Scottish Leaving Certificate Examination, 1955
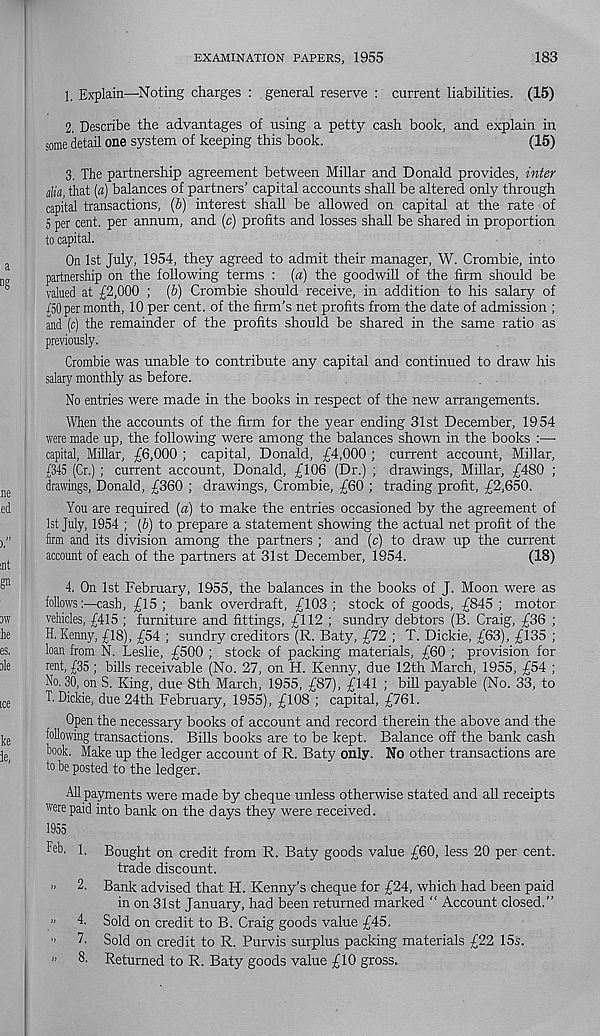
EXAMINATION PAPERS, 1955
183
1. Explain—Noting charges : general reserve : current liabilities. (15)
2. Describe the advantages of using a petty cash book, and explain in
some detail one system of keeping this book.
(15)
3. The partnership agreement between Millar and Donald provides, inter
din, that (a) balances of partners’ capital accounts shall be altered only through
capital transactions, (b) interest shall be allowed on capital at the rate of
5 per cent, per annum, and (c) profits and losses shall be shared in proportion
to capital.
On 1st July, 1954, they agreed to admit their manager, W. Crombie, into
partnership on the following terms : (a) the goodwill of the firm should be
valued at £2,000 ; (b) Crombie should receive, in addition to his salary of
(pO per month, 10 per cent, of the firm’s net profits from the date of admission ;
and (c) the remainder of the profits should be shared in the same ratio as
previously.
Crombie was unable to contribute any capital and continued to draw his
salary monthly as before.
No entries were made in the books in respect of the new arrangements.
When the accounts of the firm for the year ending 31st December, 1954
were made up, the following were among the balances shown in the books :—•
capital, Millar, £6,000 ; capital, Donald, £4,000 ; current account, Millar,
(345 (Cr.) ; current account, Donald, £106 (Dr.) ; drawings, Millar, £480 ;
drawings, Donald, £360 ; drawings, Crombie, £60 ; trading profit, £2,650.
You are required (a) to make the entries occasioned by the agreement of
1st July, 1954 ; (b) to prepare a statement showing the actual net profit of the
firm and its division among the partners ; and (c) to draw up the current
account of each of the partners at 31st December, 1954.
(18)
4. On 1st February, 1955, the balances in the books of J. Moon were as
followscash, £15; bank overdraft, £103; stock of goods, £845; motor
vehicles, £415 ; furniture and fittings, £112 ; sundry debtors (B. Craig, £36 ;
H. Kenny, £18), £54 ; sundry creditors (R. Baty, £72 ; T. Dickie, £63), £135 ;
loan from N. Leslie, £500 ; stock of packing materials, £60 ; provision for
rent, £35; bills receivable (No. 27, on H. Kenny, due 12th March, 1955, £54 ;
No. 30, on S. King, due 8th March, 1955, £87), £141 ; bill payable (No. 33, to
T. Dickie, due 24th February, 1955), £108 ; capital, £761.
Open the necessary books of account and record therein the above and the
following transactions. Bills books are to be kept. Balance off the bank cash
hook. Make up the ledger account of R. Baty only. No other transactions are
to be posted to the ledger.
All payments were made by cheque unless otherwise stated and all receipts
were paid into bank on the d ays they were received.
1955
Feb. 1. Bought on credit from R. Baty goods value £60, less 20 per cent,
trade discount.
” 2. Bank advised that H. Kenny’s cheque for £24, which had been paid
in on 31st January, had been returned marked “ Account closed,”
■■ 4. Sold on credit to B. Craig goods value £45.
" 7. Sold on credit to R. Purvis surplus packing materials £22 15s.
’’ 8. Returned to R. Baty goods value £10 gross.